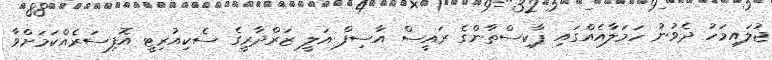
ޖުލައިމަހު ދެވުނު ހަމަލާއެއްގައި ޕާކިސްތާންގެ ރައީސް އާސިފް އަލީ ޒަރްދާރީގެ ސެކިއުރިޓީ އޮފިސަރެއްކަމަށްވާ